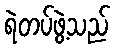
ရဲတပ်ဖွဲ့သည်